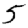
Digit: 5